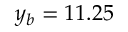
y _ { b } = 1 1 . 2 5